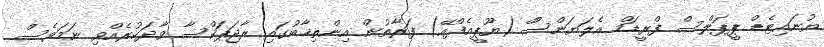
ޔުނައިޓެޑް ޕީޕަލްސް ފްރީޑަމް އެލަޔަންސްް (ޔޫޕީއެފްއޭ) ފަރާތުން އިންތިޚާބުގައި ރާޖަޕަކްސާ ވާދަކުރެއްވި ނަމަވެސް